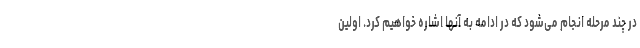
در چند مرحله انجام می‌شود که در ادامه به آنها اشاره خواهیم کرد. اولین